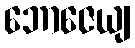
ဘောဇေယျ